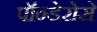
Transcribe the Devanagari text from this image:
पॉन्डेरोसे